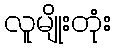
လူမျိုးတုံး